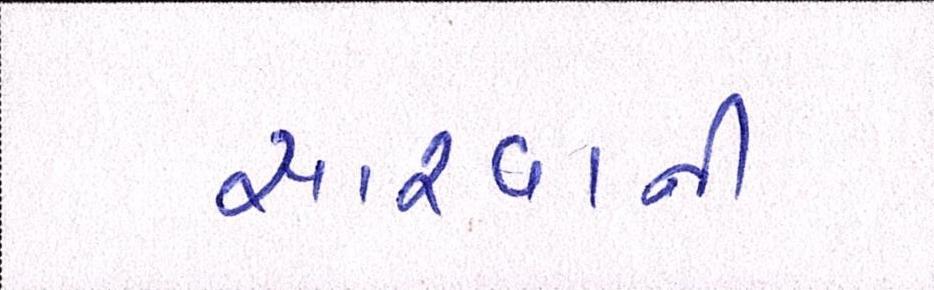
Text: સારવાની